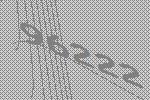
96222